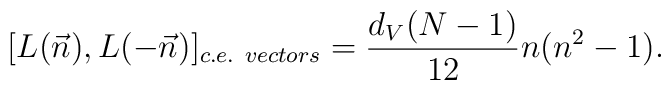
[L(\vec{n}),L(-\vec{n})]_{c.e.\ vectors} =\frac{d_{V} (N-1)}{12} n (n^{2} - 1).